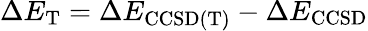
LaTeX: \Delta E_{\mathrm{T}}=\Delta E_{\mathrm{CCSD(T)}}-\Delta E_{\mathrm{CCSD}}